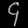
Digit: ၄